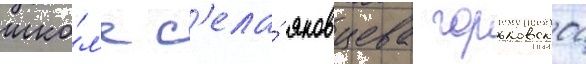
шко́л'е с'ела́ яковцева горьковскои